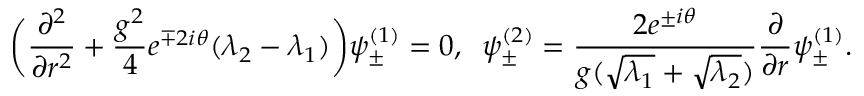
\bigg ( \frac { \partial ^ { 2 } } { \partial r ^ { 2 } } + \frac { g ^ { 2 } } { 4 } e ^ { \mp 2 i \theta } ( \lambda _ { 2 } - \lambda _ { 1 } ) \bigg ) \psi _ { \pm } ^ { ( 1 ) } = 0 , \; \; \psi _ { \pm } ^ { ( 2 ) } = \frac { 2 e ^ { \pm i \theta } } { g ( \sqrt { \lambda _ { 1 } } + \sqrt { \lambda _ { 2 } } ) } \frac { \partial } { \partial r } \psi _ { \pm } ^ { ( 1 ) } .